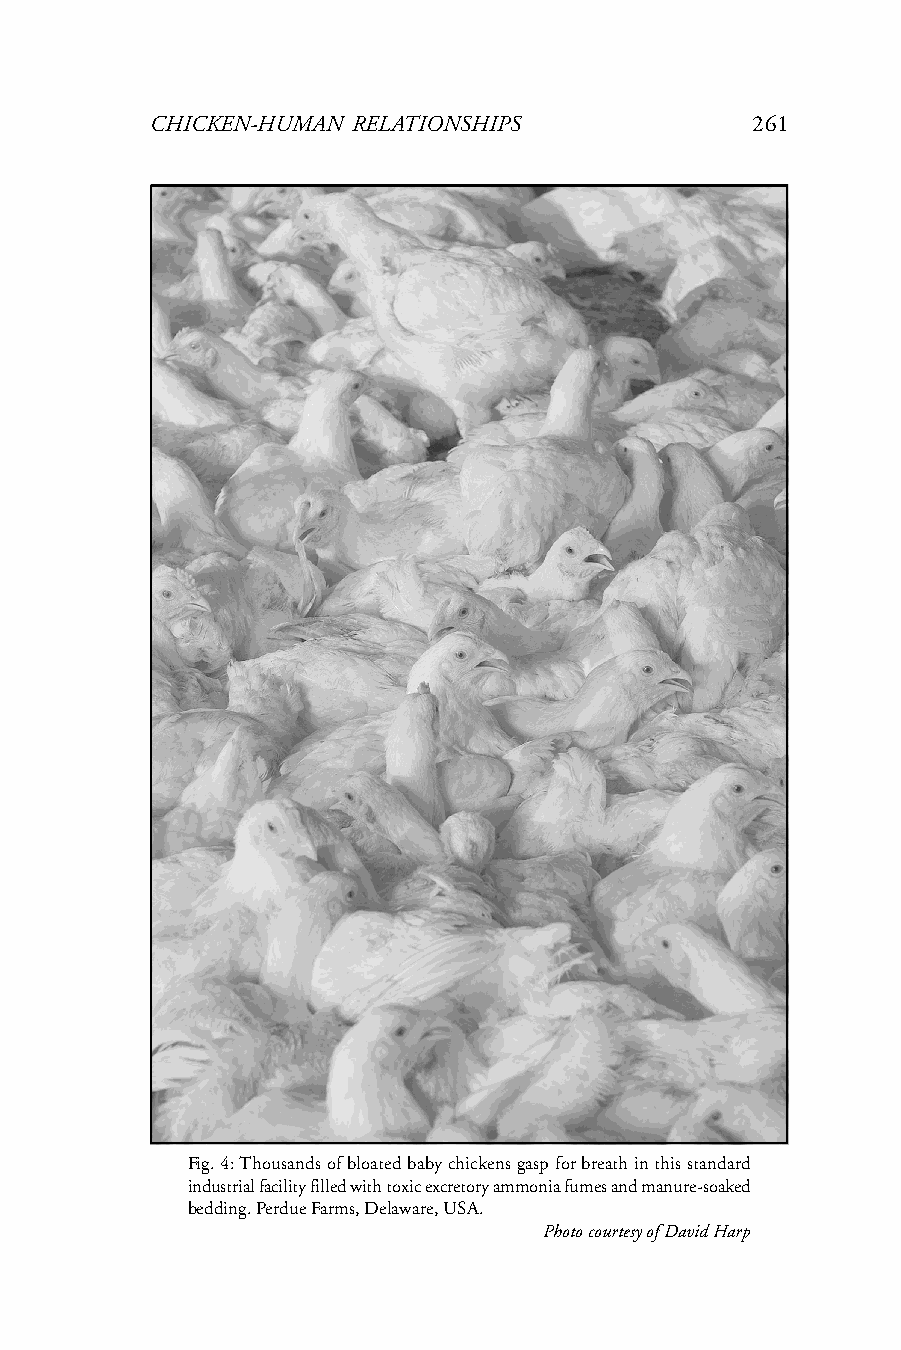
CHICKEN-HUMAN RELATIONSHIPS             261
 Fig. 4: Thousands of bloated baby chickens gasp for breath in this standard
 industrial facility filled with toxic excretory ammonia fumes and manure-soaked
 bedding. Perdue Farms, Delaware, USA.
 Photo courtesy of David Harp